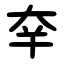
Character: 㚔